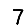
Digit: 7